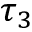
\tau _ { 3 }